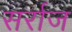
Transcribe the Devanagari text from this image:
सर्राज